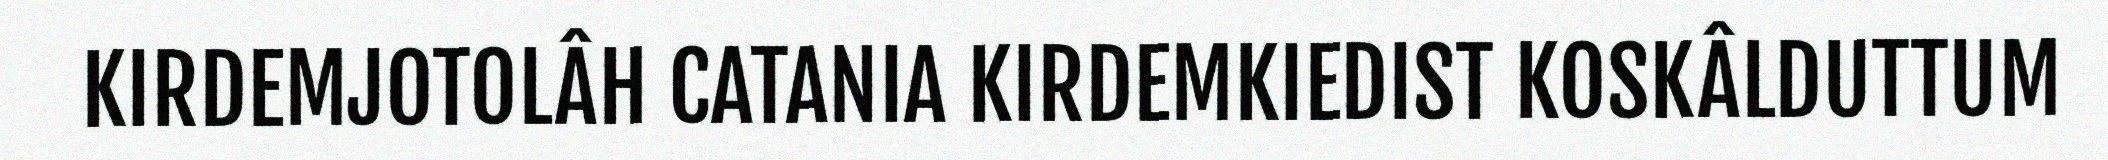
KIRDEMJOTOLÂH CATANIA KIRDEMKIEDIST KOSKÂLDUTTUM